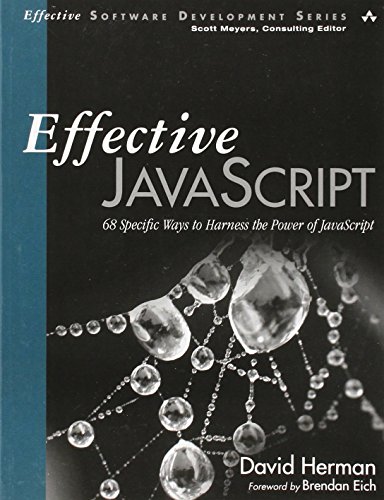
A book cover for Effective JavaScript: 68 Specific Ways to Harness the Power of JavaScript (Effective Software Development Series); David Herman; Computers & Technology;